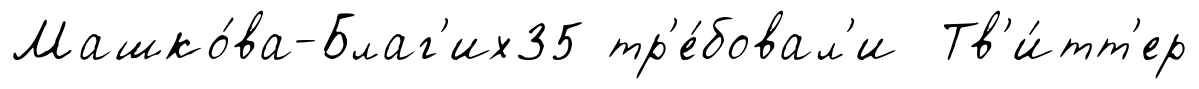
Машко́ва-Благ'их35 тр'е́бовал'и Тв'и́тт'ер